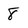
Character: 8